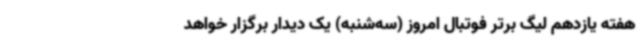
هفته یازدهم لیگ برتر فوتبال امروز (سه‌شنبه) یک دیدار برگزار خواهد